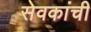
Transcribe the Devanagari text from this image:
सेवकांची